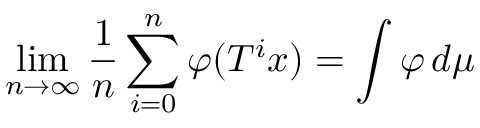
\operatorname* { l i m } _ { n \rightarrow \infty } { \frac { 1 } { n } } \sum _ { i = 0 } ^ { n } \varphi ( T ^ { i } x ) = \int \varphi \, d \mu